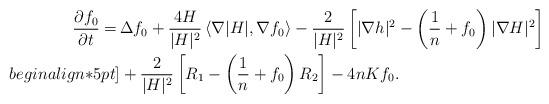
LaTeX: \begin{align*}\frac{\partial f_0}{\partial t} =\,& \Delta f_0 + \frac{4H}{|H|^2}\left\langle\nabla |H|, \nabla f_0\right\rangle - \frac{2}{|H|^2}\left[|\nabla h|^2 - \left(\frac{1}{n} + f_0\right) |\nabla H|^2\right] \\begin{align*}5pt]& +\frac{2}{|H|^2}\left[R_1 - \left(\frac{1}{n}+f_0\right) R_2\right] - 4nK f_0.\end{align*}